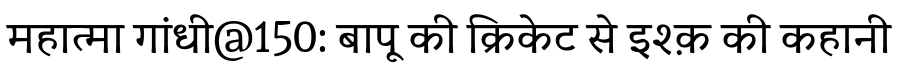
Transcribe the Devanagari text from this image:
महात्मा गांधी@150: बापू की क्रिकेट से इश्क़ की कहानी